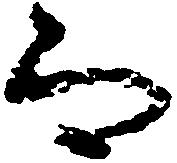
而